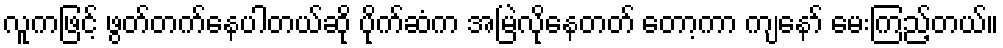
လူကဖြင့် ဖွတ်တက်နေပါတယ်ဆို ပိုက်ဆံက အမြဲလိုနေတတ် တော့ကာ ကျနော် မေးကြည့်တယ်။